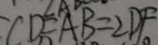
C D = A B = 2 D F